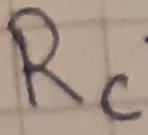
Text: Rc